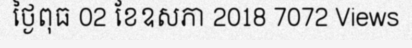
ថ្ងៃពុធ 02 ខែឧសភា 2018 7072 Views